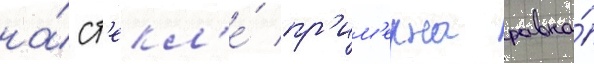
на́ ст'екл'е́ пр'им'ерна равна́